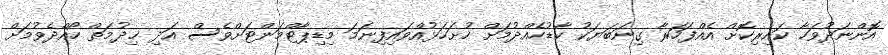
އޮންނަދުވަހާ ކައިރިކޮށް އެއްފަހަރާ ގިނަބަޔަކު ކާޑުހެއްދުމަށް ހުށަހަޅުއްވައިފިނަމަ މިޑިޕާޓްމަންޓަށްވެސް އަދި ޚިދުމަތް ހޯއްދެވުމަށް